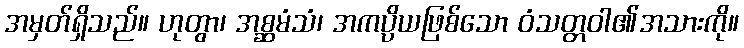
အမှတ်ရှိသည်။ ဟုတွာ၊ အစ္ဆမံသံ၊ အကပ္ပိယဖြစ်သော ဝံသတ္တဝါ၏အသားကို။